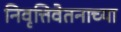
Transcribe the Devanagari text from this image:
निवृत्तिवेतनाच्या